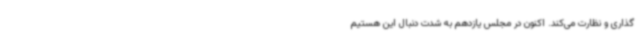
گذاری و نظارت می‌کند. اکنون در مجلس یازدهم به شدت دنبال این هستیم